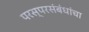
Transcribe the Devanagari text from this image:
परस्परसंबंधांचा